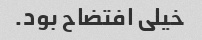
خیلی افتضاح بود.